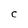
Character: C